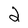
Character: 2